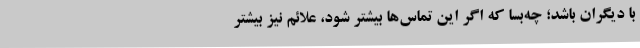
با دیگران باشد؛ چه‌بسا که اگر این تماس‌ها بیشتر شود، علائم نیز بیشتر